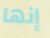
إنها